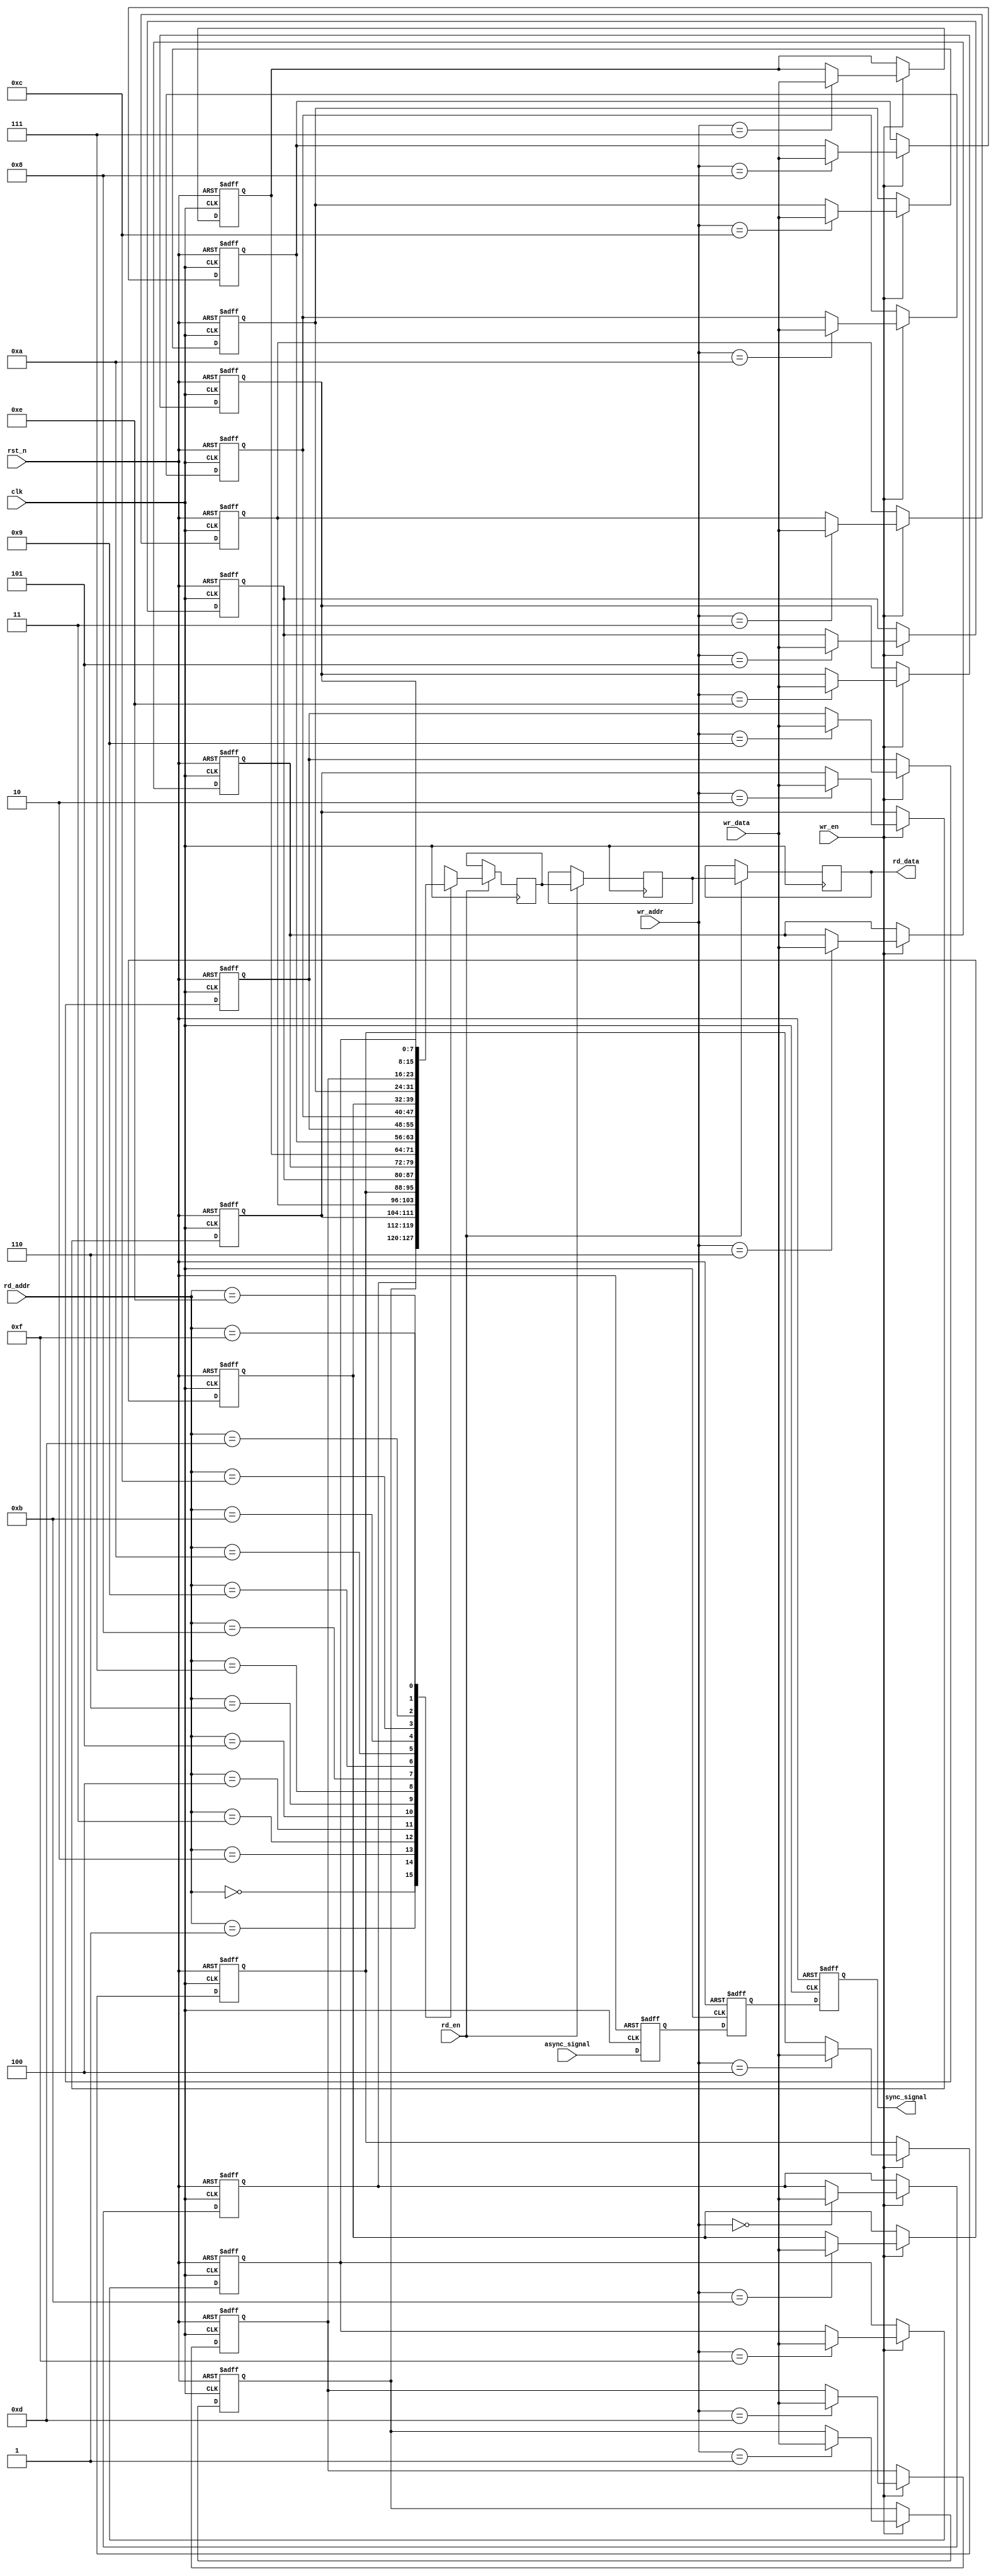
module MemoryBlock #(
    parameter DATA_WIDTH = 8,  // Width of each memory word
    parameter ADDR_WIDTH = 4,  // Address width (2^ADDR_WIDTH = number of words)
    parameter DEPTH = 16        // Total number of memory locations
)(
    input wire clk,                           // Clock input
    input wire rst_n,                         // Asynchronous reset (active low)
    
    // Write Port
    input wire [ADDR_WIDTH-1:0] wr_addr,     // Write address
    input wire [DATA_WIDTH-1:0] wr_data,     // Write data
    input wire wr_en,                         // Write enable
    
    // Read Port
    input wire [ADDR_WIDTH-1:0] rd_addr,     // Read address
    output reg [DATA_WIDTH-1:0] rd_data,     // Read data
    input wire rd_en,                         // Read enable
    
    // Synchronization for clock domain crossing
    input wire async_signal,                   // Asynchronous signal to be synchronized
    output reg sync_signal                    // Synchronized signal
);

    // Memory array (multi-port RAM)
    reg [DATA_WIDTH-1:0] mem_array [0:DEPTH-1];

    // Safe Delay Line (simple implementation)
    reg [DATA_WIDTH-1:0] delay_line [0:1]; // 2-stage delay
    integer i;

    // Control logic for write operation
    always @(posedge clk or negedge rst_n) begin
        if (!rst_n) begin
            // Reset memory
            for (i = 0; i < DEPTH; i = i + 1) begin
                mem_array[i] <= {DATA_WIDTH{1'b0}};
            end
        end else if (wr_en) begin
            // Write operation
            mem_array[wr_addr] <= wr_data;
        end
    end

    // Control logic for read operation
    always @(posedge clk) begin
        if (rd_en) begin
            // Read operation with safe delay
            delay_line[0] <= mem_array[rd_addr]; // First stage of delay
            delay_line[1] <= delay_line[0];      // Second stage of delay
            rd_data <= delay_line[1];            // Output after delay
        end
    end

    // Synchronization mechanism for async signal (2-stage synchronizer)
    reg async_signal_d1, async_signal_d2;

    always @(posedge clk or negedge rst_n) begin
        if (!rst_n) begin
            async_signal_d1 <= 1'b0;
            async_signal_d2 <= 1'b0;
            sync_signal <= 1'b0;
        end else begin
            async_signal_d1 <= async_signal; // First flip-flop
            async_signal_d2 <= async_signal_d1; // Second flip-flop
            sync_signal <= async_signal_d2; // Synchronized output
        end
    end

endmodule